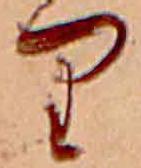
り